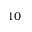
1 0